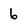
Character: 6